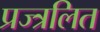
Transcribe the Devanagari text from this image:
प्रज्त्रलित